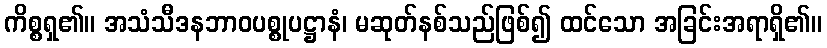
ကိစ္စရှ၏။ အသံသီဒနဘာဝပစ္စုပဋ္ဌာနံ၊ မဆုတ်နစ်သည်ဖြစ်၍ ထင်သော အခြင်းအရာရှိ၏။